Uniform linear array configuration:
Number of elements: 32
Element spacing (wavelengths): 0.5
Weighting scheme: blackman
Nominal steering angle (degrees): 0
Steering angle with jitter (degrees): -0.8647
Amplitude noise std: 0.05
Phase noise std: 0.05

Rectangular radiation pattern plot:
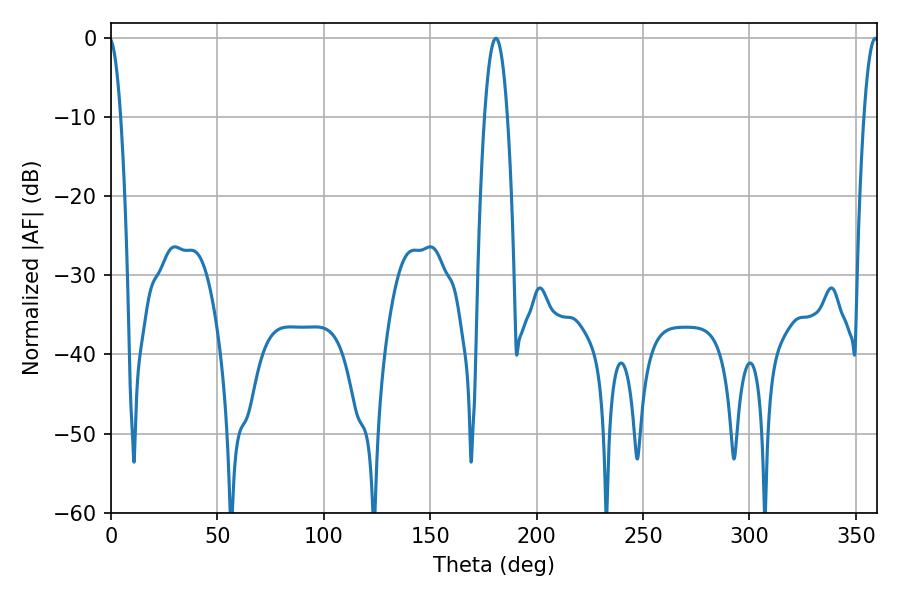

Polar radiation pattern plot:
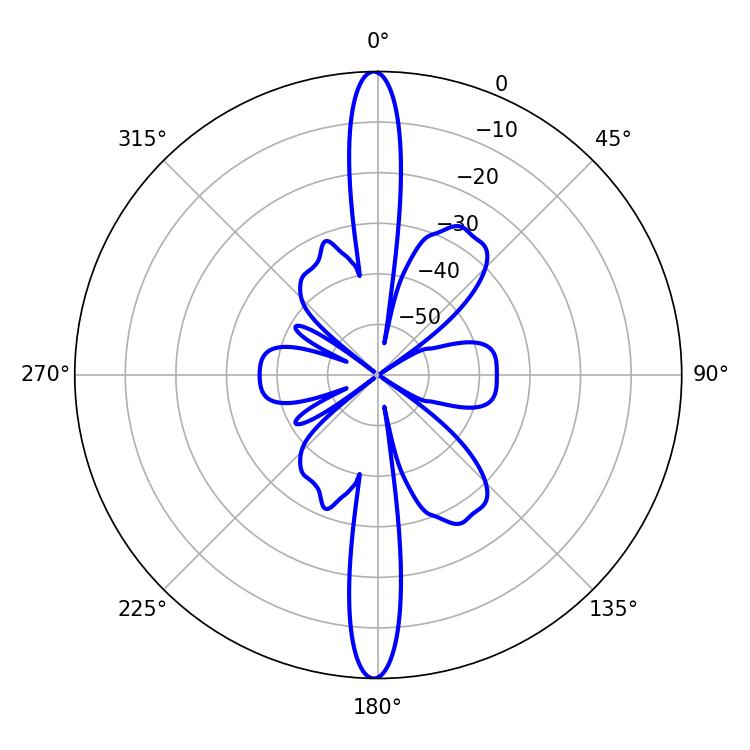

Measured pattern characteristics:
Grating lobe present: FALSE
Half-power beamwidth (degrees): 5.94
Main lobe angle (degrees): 180.9